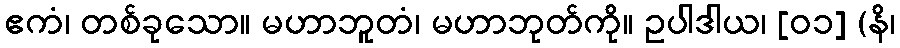
ဧကံ၊ တစ်ခုသော။ မဟာဘူတံ၊ မဟာဘုတ်ကို။ ဥပါဒါယ၊ [၀၁] (နိ၊